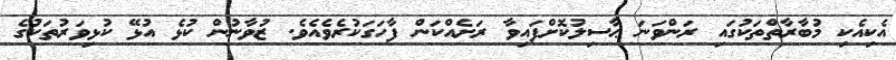
އެކިއެކި މުބާރާތްތަކުގައި ރަންވަނަ ޙާސިލުކޮށްފައިވާ ރަށެއްކަން ފާހަގަކުރެވެއެވެ. ޒުވާނުން ކުޅެ އުޅޭ ކުޅިވަރުތަކުގެ